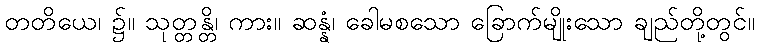
တတိယေ၊ ၌။ သုတ္တန္တိ၊ ကား။ ဆန္နံ၊ ခေါမစသော ခြောက်မျိုးသော ချည်တို့တွင်။